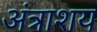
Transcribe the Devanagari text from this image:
अंत्राशय